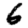
Digit: 6